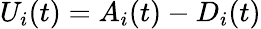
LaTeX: U_{i}(t)=A_{i}(t)-D_{i}(t)